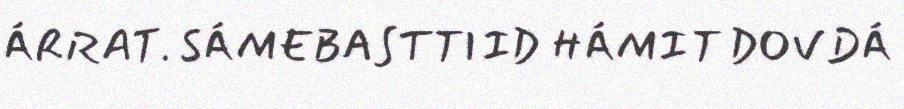
ÁRRAT. SÁMEBASTTIID HÁMIT DOVDÁ